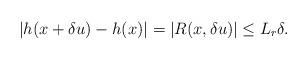
LaTeX: \begin{align*}|h(x+\delta u) - h(x)| = |R(x, \delta u)| \le L_r\delta.\end{align*}